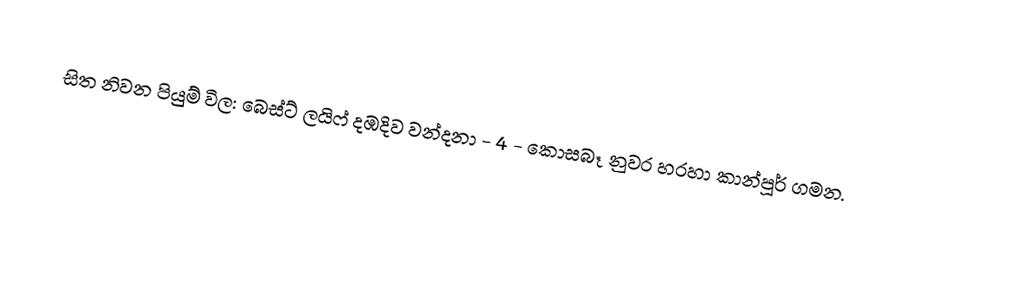
සිත නිවන පියුම් විල: බෙස්ට් ලයිෆ් දඹදිව වන්දනා - 4 - කොසබෑ නුවර හරහා කාන්පූර් ගමන.